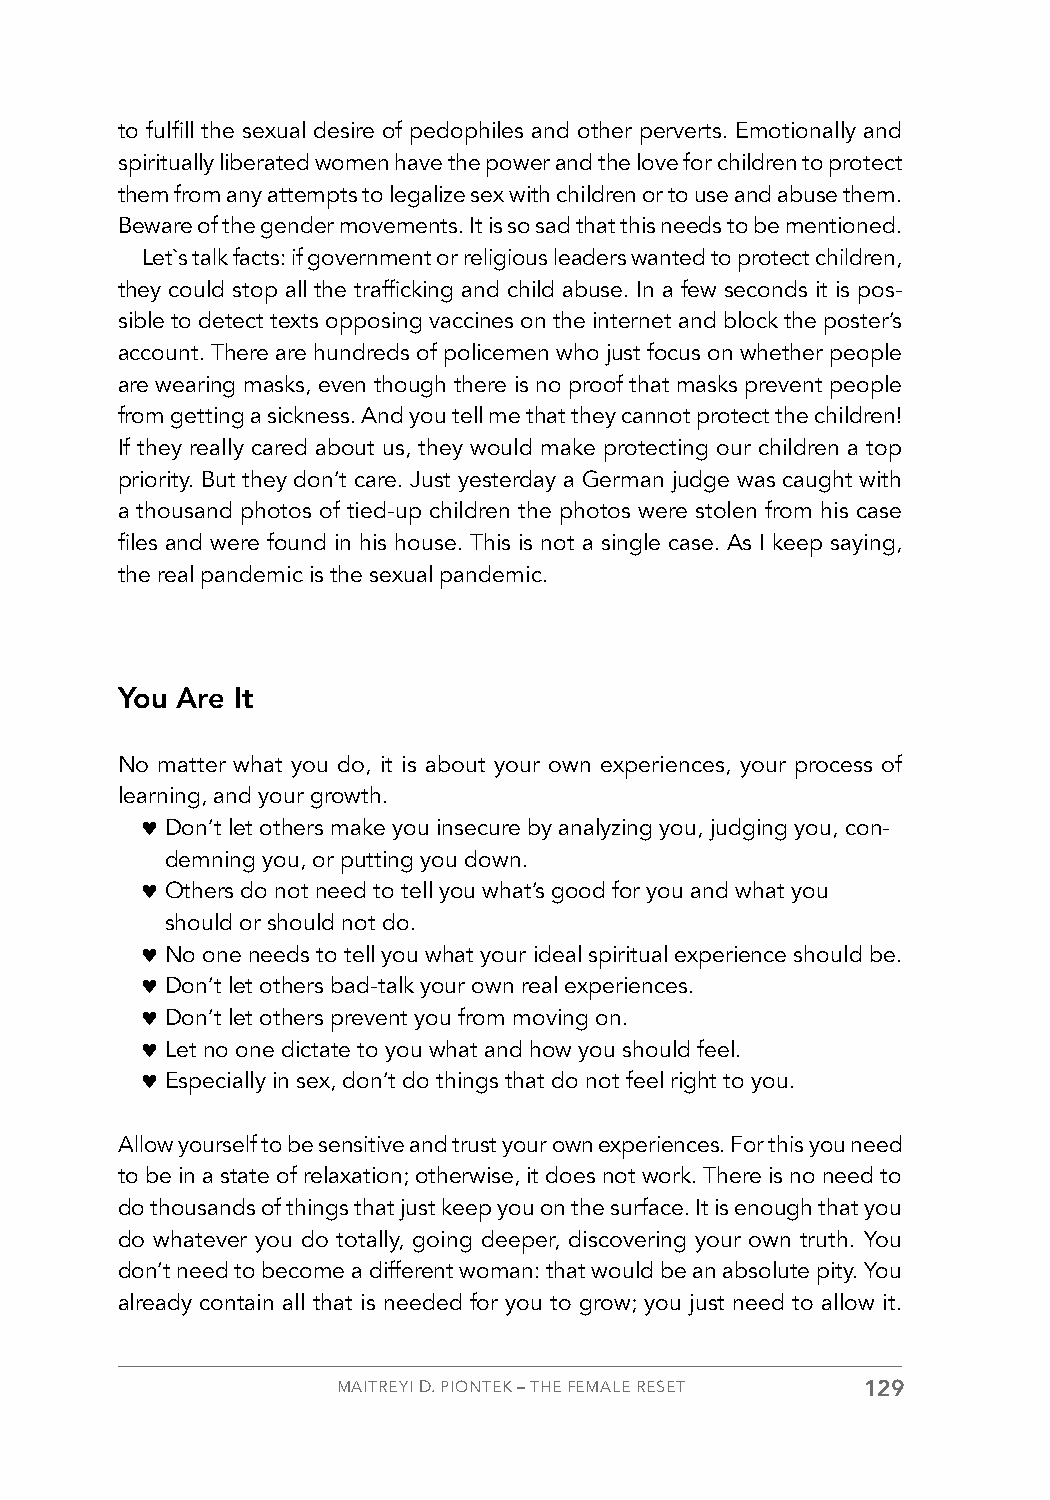
to fulfill the sexual desire of pedophiles and other perverts. Emotionally and
 spiritually liberated women have the power and the love for children to protect
 them from any attempts to legalize sex with children or to use and abuse them.
 Beware of the gender movements. It is so sad that this needs to be mentioned.
 Let`s talk facts: if government or religious leaders wanted to protect children,
 they could stop all the trafficking and child abuse. In a few seconds it is pos-
 sible to detect texts opposing vaccines on the internet and block the poster’s
 account. There are hundreds of policemen who just focus on whether people
 are wearing masks, even though there is no proof that masks prevent people
 from getting a sickness. And you tell me that they cannot protect the children!
 If they really cared about us, they would make protecting our children a top
 priority. But they don’t care. Just yesterday a German judge was caught with
 a thousand photos of tied-up children the photos were stolen from his case
 files and were found in his house. This is not a single case. As I keep saying,
 the real pandemic is the sexual pandemic.
 You Are It
 No matter what you do, it is about your own experiences, your process of
 learning, and your growth.
 ♥ Don’t let others make you insecure by analyzing you, judging you, con-
 demning you, or putting you down.
 ♥ Others do not need to tell you what’s good for you and what you
 should or should not do.
 ♥ No one needs to tell you what your ideal spiritual experience should be.
 ♥ Don’t let others bad-talk your own real experiences.
 ♥ Don’t let others prevent you from moving on.
 ♥ Let no one dictate to you what and how you should feel.
 ♥ Especially in sex, don’t do things that do not feel right to you.
 Allow yourself to be sensitive and trust your own experiences. For this you need
 to be in a state of relaxation; otherwise, it does not work. There is no need to
 do thousands of things that just keep you on the surface. It is enough that you
 do whatever you do totally, going deeper, discovering your own truth. You
 don’t need to become a different woman: that would be an absolute pity. You
 already contain all that is needed for you to grow; you just need to allow it.
 MAITREYI D. PIONTEK – THE FEMALE RESET 129